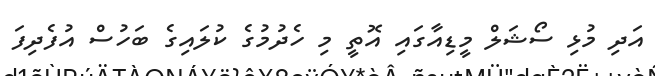
އަދި މުޅި ސޯޝަލް މީޑިއާގައި އޮތީ މި ހެދުމުގެ ކުލައިގެ ބަހުސް އުފެދިފަ